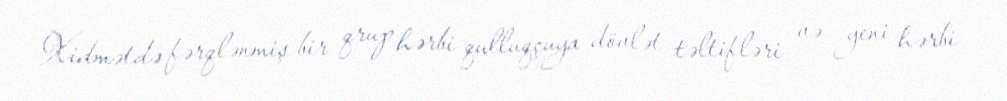
Xidmətdə fərqlənmiş bir qrup hərbi qulluqçuya dövlət təltifləri və yeni hərbi